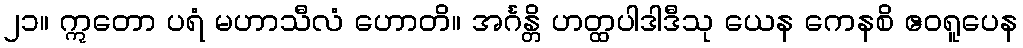
၂၁။ ဣတော ပရံ မဟာသီလံ ဟောတိ။ အင်္ဂန္တိ ဟတ္ထပါဒါဒီသု ယေန ကေနစိ ဧဝရူပေန